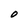
Character: O